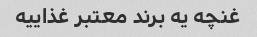
غنچه یه برند معتبر غذاییه